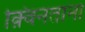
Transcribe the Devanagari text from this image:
क़्विनताना